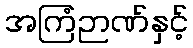
အကြံဉာဏ်နှင့်